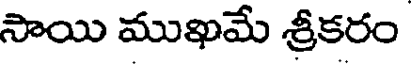
సాయి ముఖమే శ్రీకరం